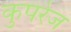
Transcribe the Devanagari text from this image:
कुपरेज